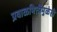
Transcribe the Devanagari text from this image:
प्रवाळभित्तींमुळेही